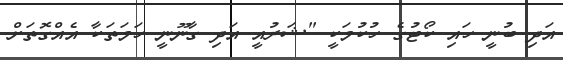
އަދި ބުނީ ހައި ކޯޓުގެ ހުކުމަކީ "ޝަރުއީ އަދި ގާނޫނީ ހަމަތަކާ އެއްގޮތަށް